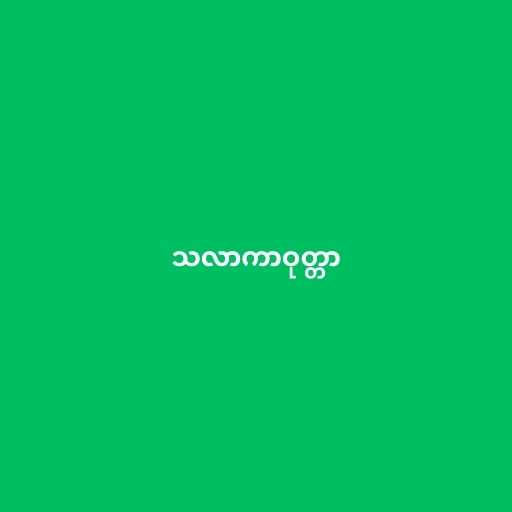
သလာကာဝုတ္တာ